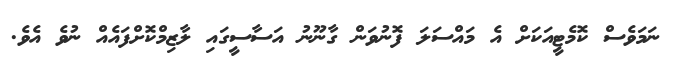
ނަމަވެސް ކޮމެޓީއަކަށް އެ މައްސަލަ ފޮނުވަން ގާނޫނު އަސާސީގައި ލާޒިމްކޮށްފައެއް ނުވެ އެވެ.